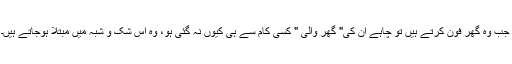
جب وہ گھر فون کرتے ہیں تو چاہے ان کی" گھر والی " کسی کام سے ہی کیوں نہ گئی ہو، وہ اس شک و شبہ میں مبتلا ہوجاتے ہیں۔